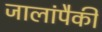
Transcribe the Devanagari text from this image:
जालांपैकी